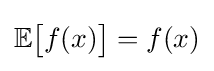
\mathbb {E} {\big [}f(x){\big ]}=f(x)